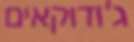
ג'ודוקאים